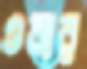
ওবার